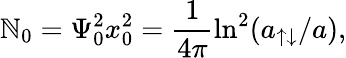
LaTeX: \mathbb{N}_{0}=\Psi_{0}^{2}x_{0}^{2}=\frac{1}{{4\pi}}\ln^{2}(a_{\uparrow\downarrow}/a),